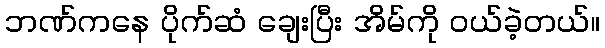
ဘဏ်ကနေ ပိုက်ဆံ ချေးပြီး အိမ်ကို ဝယ်ခဲ့တယ်။